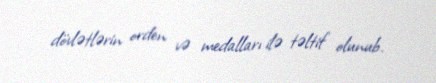
dövlətlərin orden və medalları ilə təltif olunub.